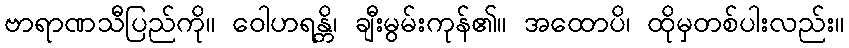
ဗာရာဏသီပြည်ကို။ ဝေါဟရန္တိ၊ ချီးမွမ်းကုန်၏။ အထောပိ၊ ထိုမှတစ်ပါးလည်း။